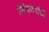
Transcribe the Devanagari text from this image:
सिंदकरांची